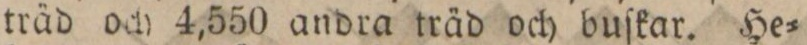
träd och 4,550 andra träd och buſkar. He=